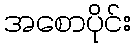
အစောပိုင်း